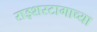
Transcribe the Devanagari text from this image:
राइशस्टागाच्या